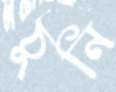
ঠুনি